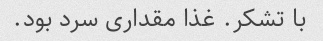
با تشکر. غذا مقداری سرد بود.